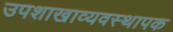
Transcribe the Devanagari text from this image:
उपशाखाव्यवस्थापक